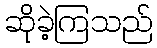
ဆိုခဲ့ကြသည်